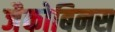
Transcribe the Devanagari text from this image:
जैकोबिनस